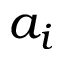
a _ { i }